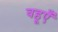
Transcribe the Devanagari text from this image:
बहूएँ